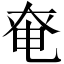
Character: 𡘤